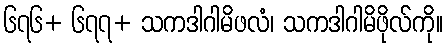
၆၇၆+ ၆၇၇+ သကဒါဂါမိဖလံ၊ သကဒါဂါမိဖိုလ်ကို။